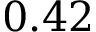
0 . 4 2